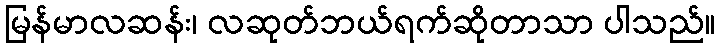
မြန်မာလဆန်း၊ လဆုတ်ဘယ်ရက်ဆိုတာသာ ပါသည်။